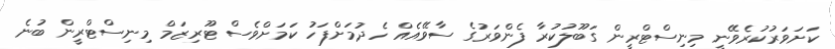
ކަށަވަރުކުރެވޭނީ މިނިސްޓްރީން ގަބޫލުކުރާ ފެންވަރުގެ ސާވޭއެއް ހެދުމަށްފަހު ކަމަށްވެސް ޓޫރިޒަމް މިނިސްޓްރީން ބުނެ